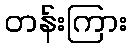
တန်းကြား